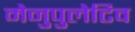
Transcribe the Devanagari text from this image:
मेनुपुलेटिव